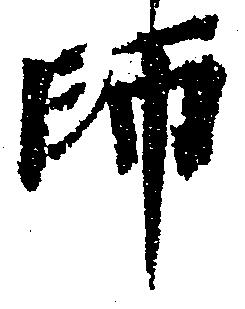
師